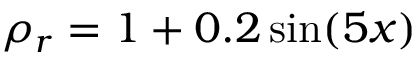
\rho _ { r } = 1 + 0 . 2 \sin ( 5 x )